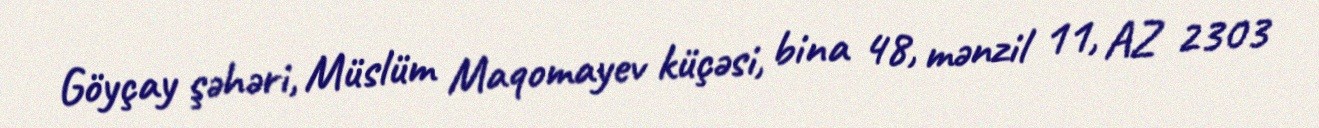
Göyçay şəhəri, Müslüm Maqomayev küçəsi, bina 48, mənzil 11, AZ 2303